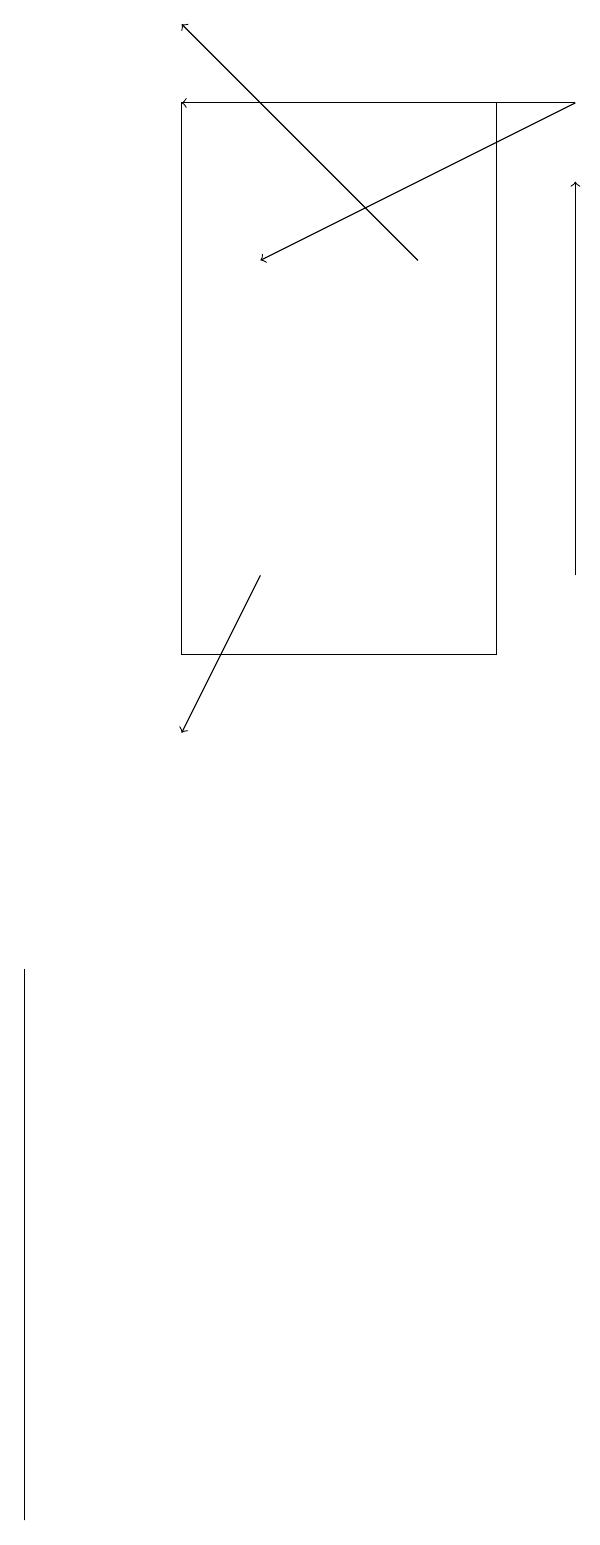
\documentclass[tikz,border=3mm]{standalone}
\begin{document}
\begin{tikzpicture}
\draw[->] (3,12) -- (2,10);
\draw[->] (7,12) -- (7,17);
\draw[->] (7,18) -- (3,16);
\draw[->] (7,18) -- (2,18);
\draw (0,7) -- (0,6) -- (0,0) -- cycle;
\draw (2,18) rectangle (6,11);
\draw[->] (5,16) -- (2,19);
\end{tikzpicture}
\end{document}